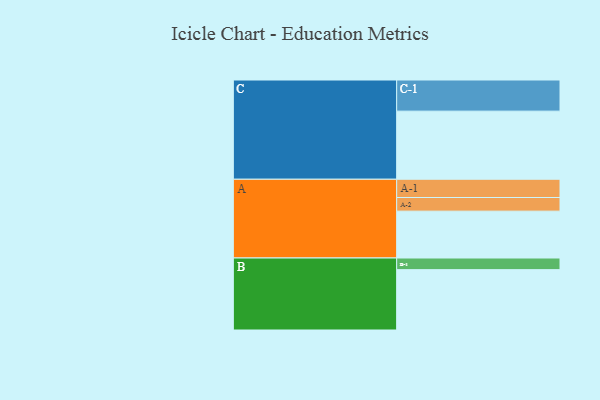
{"axis": {"x": "Segment", "y": "Value"}, "legend": ["", "A", "B", "C"], "data": [{"x": "A", "y": 375, "type": ""}, {"x": "B", "y": 483, "type": ""}, {"x": "C", "y": 545, "type": ""}, {"x": "A-1", "y": 146, "type": "A"}, {"x": "A-2", "y": 109, "type": "A"}, {"x": "B-1", "y": 93, "type": "B"}, {"x": "C-1", "y": 249, "type": "C"}]}